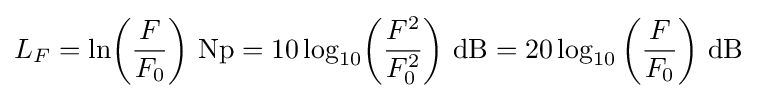
L_{F}=\ln \!\left({\frac {F}{F_{0}}}\right)\,{\text{Np}}=10\log _{10}\!\left({\frac {F^{2}}{F_{0}^{2}}}\right)\,{\text{dB}}=20\log _{10}\left({\frac {F}{F_{0}}}\right)\,{\text{dB}}